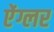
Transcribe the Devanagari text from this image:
ऐंग्लर